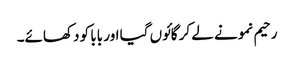
رحیم نمونے لے کر گائوں گیا اور بابا کو دکھائے۔